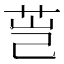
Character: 𰰴